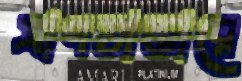
ত্রাণভান্ডারে